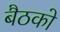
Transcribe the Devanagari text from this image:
बैठको